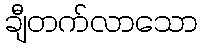
ချီတက်လာသော